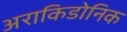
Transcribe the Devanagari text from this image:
अराकिडोनिक